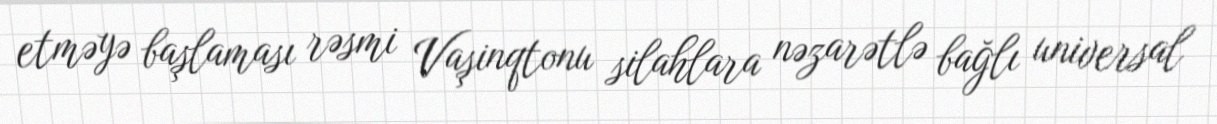
etməyə başlaması rəsmi Vaşinqtonu silahlara nəzarətlə bağlı universal